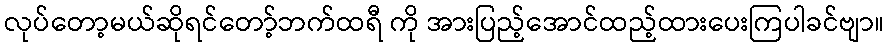
လုပ်တော့မယ်ဆိုရင်တော့်ဘက်ထရီ ကို အားပြည့်အောင်ထည့်ထားပေးကြပါခင်ဗျာ။